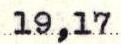
19,17